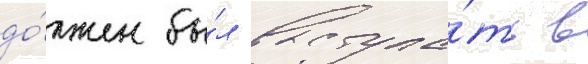
до́лжен бы́л выступа́ть в